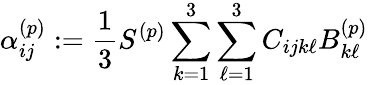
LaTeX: \alpha_{ij}^{(p)}:=\frac{1}{3}S^{(p)}\sum_{k=1}^{3}\sum_{\ell=1}^{3}C_{ijk\ell}B_{k\ell}^{(p)}